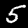
Label: 5